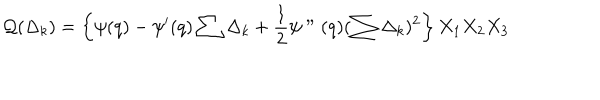
{ \cal Q } ( \Delta _ { k } ) = \left\{ \psi ( q ) - \psi ^ { \prime } ( q ) \sum \Delta _ { k } + \frac { 1 } { 2 } \psi " ( q ) ( \sum \Delta _ { k } ) ^ { 2 } \right\} X _ { 1 } X _ { 2 } X _ { 3 }